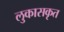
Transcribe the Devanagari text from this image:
लुकासकृत